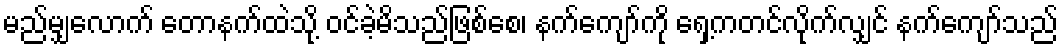
မည်မျှလောက် တောနက်ထဲသို့ ဝင်ခဲ့မိသည်ဖြစ်စေ၊ နက်ကျော်ကို ရှေ့ကတင်လိုက်လျှင် နက်ကျော်သည်